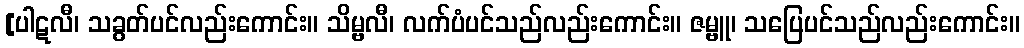
[ပါဋလီ၊ သခွတ်ပင်လည်းကောင်း။ သိမ္ဗလီ၊ လက်ပံပင်သည်လည်းကောင်း။ ဇမ္ဗူ၊ သပြေပင်သည်လည်းကောင်း။